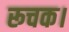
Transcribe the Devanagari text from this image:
रूचक।